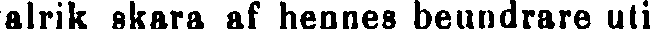
alrik skara af hennes beundrare uti